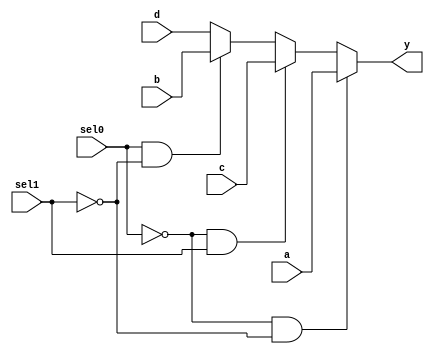
 module mux_41 (a, b,c,d ,sel0,sel1 , y);
input [31:0] a; 
input [31:0] b;
input [31:0] c;
input [31:0] d;
output [31:0] y ;
input sel0,sel1 ; 
reg [31:0] y ;

always @(a or b or c or d or sel0 or sel1)
begin
         if (!sel0 && !sel1) y=a ;
    else if (!sel0 && sel1) y=c ;
    else if (sel0 && !sel1) y=b;
    else y=d ;
end
endmodule 
//Magdy Mohamed Abdel Moneim Hafez